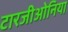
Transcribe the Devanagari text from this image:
टारजीओनिया